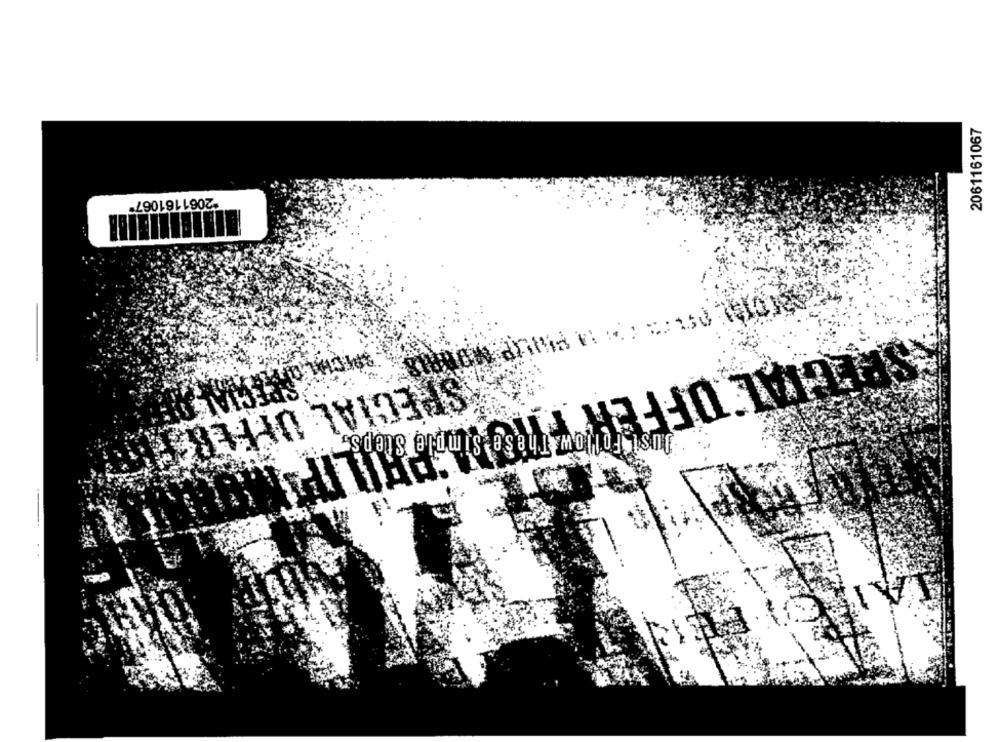
2061161067
"2061161067"
SPECIAL OFFER " The Simple steps
SPECIAL OFFER FETT